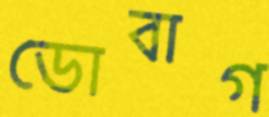
ডোবাগ